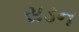
સડન